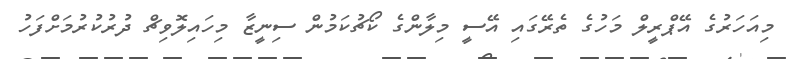
މިއަހަރުގެ އޭޕްރީލް މަހުގެ ތެރޭގަައި އޭސީ މިލާންގެ ކޯޗުކަމުން ސިނީޒާ މިހައިލޮވިޗް ދުރުކުރުމަށްފަހު